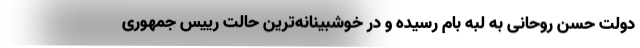
دولت حسن روحانی به لبه بام رسیده و در خوشبینانه‌ترین حالت رییس جمهوری